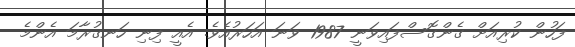
ފަހުން ކުރިއަށް ގެންގޮސްފައިވަނީ 1987 ވަނަ އަހަރުއެވެ. އެއީ ފިނި ހަނގުރާމަ އެންމެ